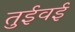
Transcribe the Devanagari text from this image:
तुईवई